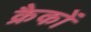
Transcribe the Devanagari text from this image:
क्रैकों